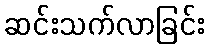
ဆင်းသက်လာခြင်း